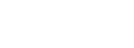
ပဋိဗာဟိတေ